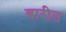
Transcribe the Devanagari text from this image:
बारीत